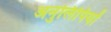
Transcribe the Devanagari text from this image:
अनुलिपियों